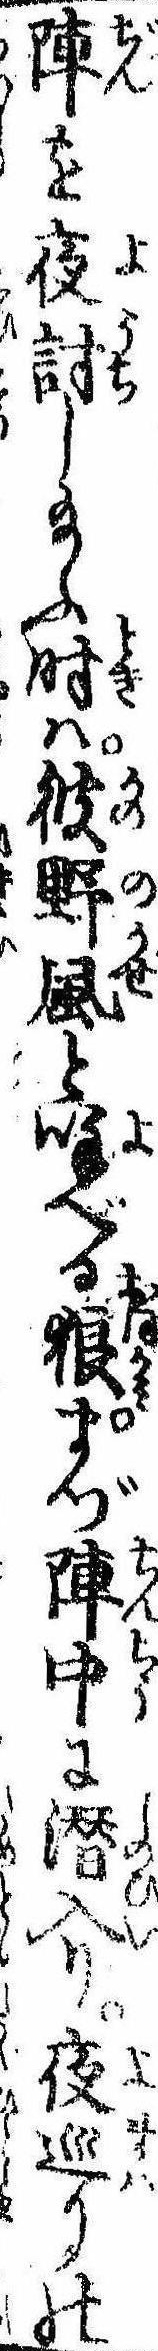
陣を夜討し給ふ時は彼野風と呼べる狼まづ陣中に潜入り夜巡りの